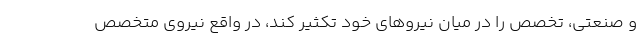
و صنعتی، تخصص را در میان نیرو‌های خود تکثیر کند، در واقع نیروی متخصص